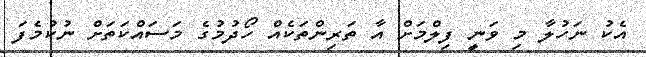
އެކު ނަހުލާ މި ވަނީ ފިލްމަށް އާ ތަރިންތަކެއް ހޯދުމުގެ މަސައްކަތަށް ނުކުމެފަ